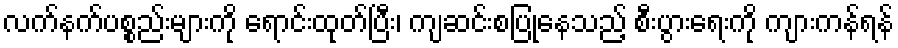
လက်နက်ပစ္စည်းများကို ရောင်းထုတ်ပြီး၊ ကျဆင်းစပြုနေသည့် စီးပွားရေးကို ကျားကန်ရန်